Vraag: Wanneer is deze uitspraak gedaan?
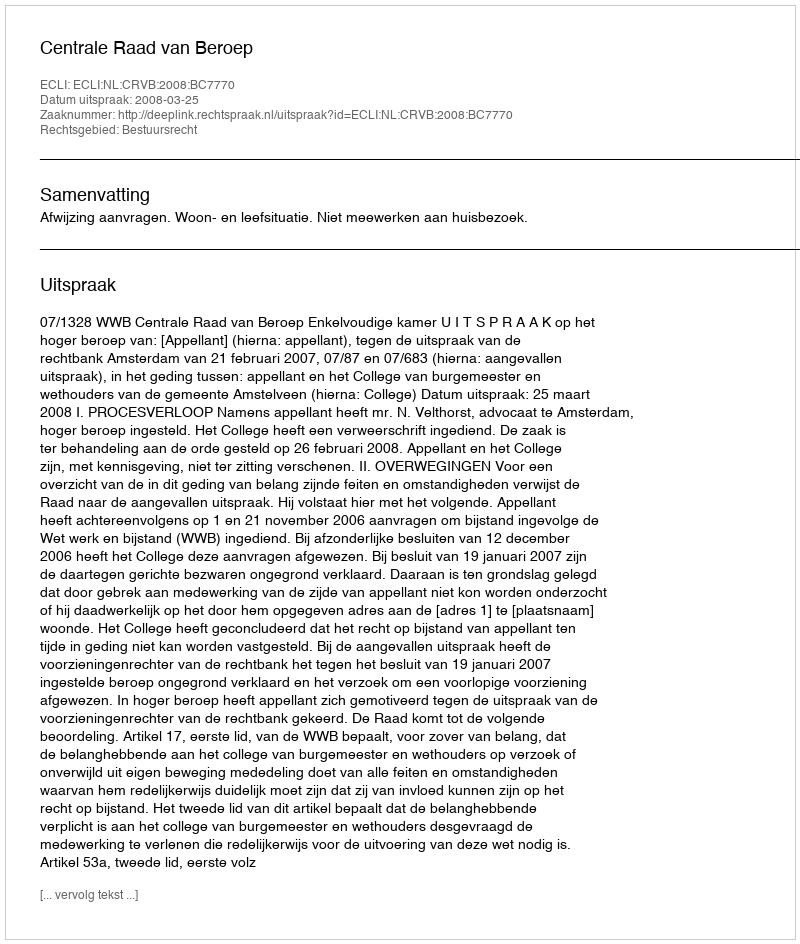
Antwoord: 2008-03-25